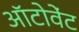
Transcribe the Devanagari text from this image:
ऑटोवेंट